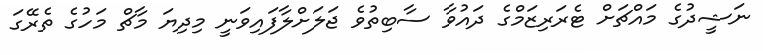
ނަޝީދުގެ މައްޗަށް ޓެރަރިޒަމްގެ ދައުވާ ސާބިތުވެ ޖަލަށްލާފައިވަނީ މިދިޔަ މާޗް މަހުގެ ތެރޭގަ